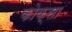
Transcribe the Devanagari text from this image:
कोक्सा